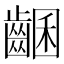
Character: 𪘩